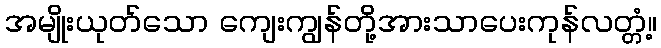
အမျိုးယုတ်သော ကျေးကျွန်တို့အားသာပေးကုန်လတ္တံ့။